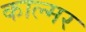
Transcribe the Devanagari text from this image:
काल्मर